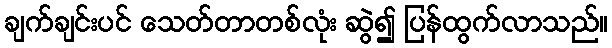
ချက်ချင်းပင် သေတ်တာတစ်လုံး ဆွဲ၍ ပြန်ထွက်လာသည်။